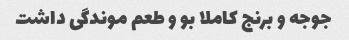
جوجه و برنج کاملا بو و طعم موندگی داشت